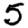
Digit: 5